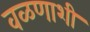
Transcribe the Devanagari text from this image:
वळणाशी